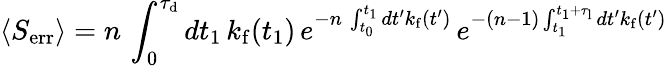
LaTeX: \langle S_{\mathrm{err}}\rangle=n\, \int_{0}^{\tau_{\mathrm{d}}}dt_{1}\, k_{\mathrm{f}}(t_{1})\, e^{-n\, \int_{t_{0}}^{t_{1}}dt^{\prime}k_{\mathrm{f}}(t^{\prime})}\, e^{-(n-1)\int_{t_{1}}^{t_{1}+\tau_{\mathrm{l}}}dt^{\prime}k_{\mathrm{f}}(t^{\prime})}